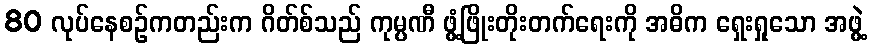
80 လုပ်နေစဉ်ကတည်းက ဂိတ်စ်သည် ကုမ္ပဏီ ဖွံ့ဖြိုးတိုးတက်ရေးကို အဓိက ရှေးရှုသော အဖွဲ့